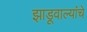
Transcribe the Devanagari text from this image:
झाडूवाल्यांचे